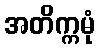
အတိက္ကမုံ